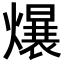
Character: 𪹷